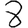
Digit: 8